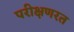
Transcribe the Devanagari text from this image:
परीक्षणरत